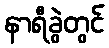
နာရီခွဲတွင်